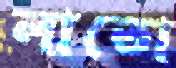
লাতো